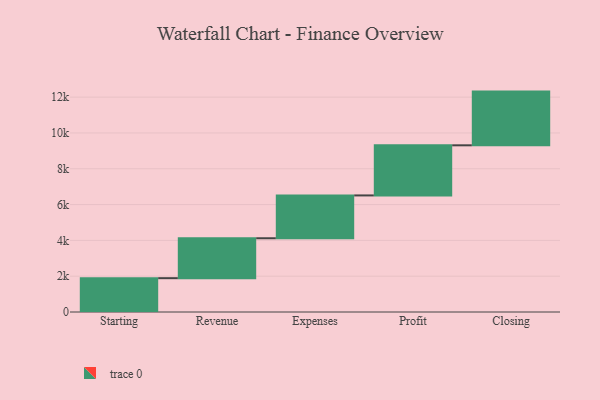
{"axis": {"x": "Step", "y": "Value"}, "legend": [""], "data": [{"x": "Starting", "y": 1889.0, "type": ""}, {"x": "Revenue", "y": 2230.0, "type": ""}, {"x": "Expenses", "y": 2392.0, "type": ""}, {"x": "Profit", "y": 2799.0, "type": ""}, {"x": "Closing", "y": 3000, "type": ""}]}